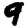
Digit: 9